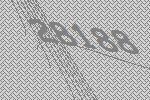
28188